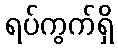
ရပ်ကွက်ရှိ